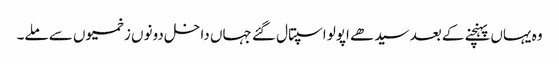
وہ یہاں پہنچنے کے بعد سیدھے اپولو اسپتال گئے جہاں داخل دونوں زخمیوں سے ملے۔